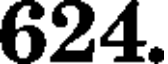
624.